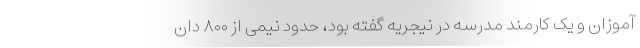
آموزان و یک کارمند مدرسه در نیجریه گفته بود، حدود نیمی از ۸۰۰ دان